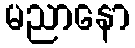
မညာနော